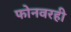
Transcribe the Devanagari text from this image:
फोनवरही